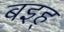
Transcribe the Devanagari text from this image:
बइह्‌